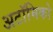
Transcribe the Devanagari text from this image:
अटॉमिको